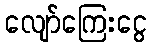
လျော်ကြေးငွေ